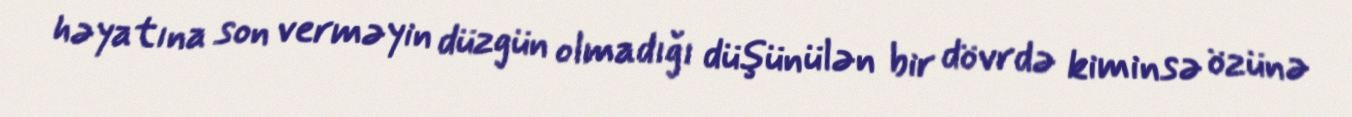
həyatına son verməyin düzgün olmadığı düşünülən bir dövrdə kiminsə özünə